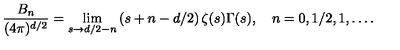
\frac { B _ { n } } { ( 4 \pi ) ^ { d / 2 } } = \lim _ { s \to d / 2 - n } \left( s + n - d / 2 \right) \zeta ( s ) \Gamma ( s ) , \quad n = 0 , 1 / 2 , 1 , \ldots { . }